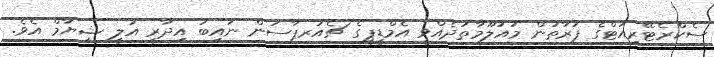
ސެކްރެޓޭރިއަޓްގެ ފަރާތުން މައުލޫމާތުދެއްވީ އެމްޑީޕީގެ ޗެއަރޕާސަން ނައިބު އިދާރީ އަލީ ޝިޔާމް އެވެ.